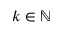
k \in \mathbb N